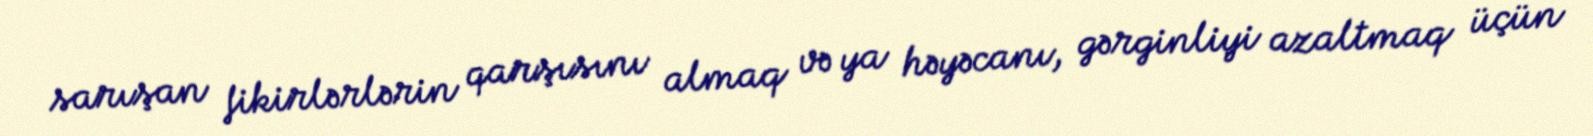
sarışan fikirlərlərin qarşısını almaq və ya həyəcanı, gərginliyi azaltmaq üçün